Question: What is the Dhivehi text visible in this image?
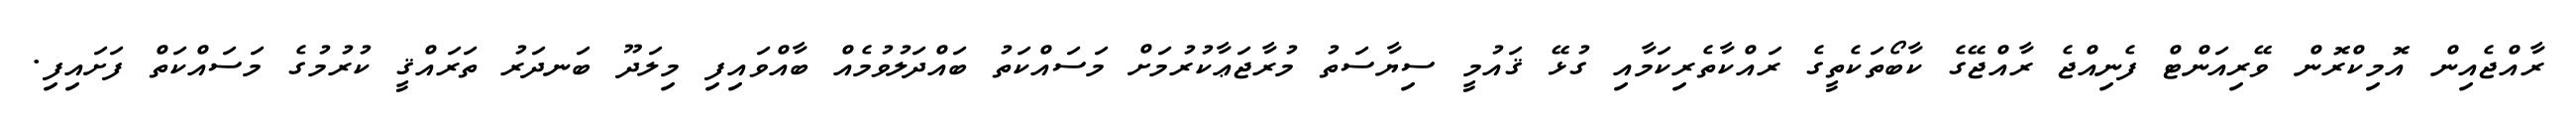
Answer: ރާއްޖެއިން އޮމިކްރޮން ވޭރިއަންޓް ފެނިއްޖެ ރާއްޖޭގެ ކާބޯތަކެތީގެ ރައްކާތެރިކަމާއި ގުޅޭ ޤައުމީ ސިޔާސަތު މުރާޖަޢާކުރުމަށް މަސައްކަތު ބައްދަލުވުމެއް ބާއްވައިފި މިލަދޫ ބަނދަރު ތަރައްޤީ ކުރުމުގެ މަސައްކަތް ފަށައިފި.